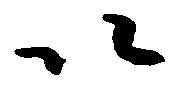
以